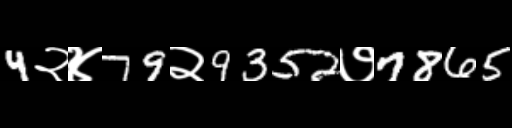
Text: 4२४79२9352७7865